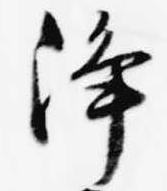
浄